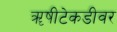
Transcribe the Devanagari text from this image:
ॠषीटेकडीवर